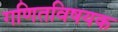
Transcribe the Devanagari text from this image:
गणितविषयक